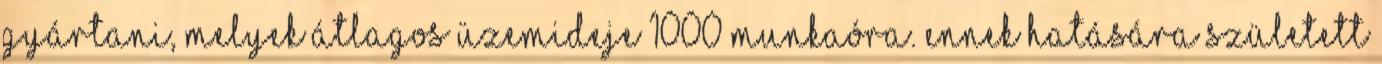
gyártani, melyek átlagos üzemideje 1000 munkaóra. Ennek hatására született